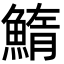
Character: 鰖